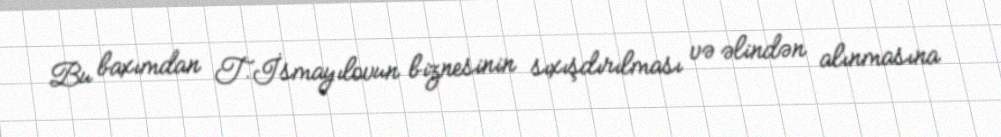
Bu baxımdan T.İsmayılovun biznesinin sıxışdırılması və əlindən alınmasına